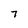
Character: 7